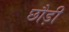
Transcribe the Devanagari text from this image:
छौड़ी